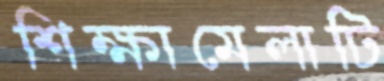
শিক্ষামেলাটি